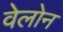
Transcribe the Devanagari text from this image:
वेलोन